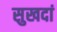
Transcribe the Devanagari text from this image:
सुखदां